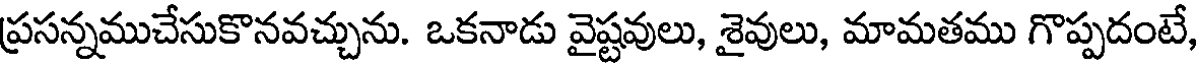
ప్రసన్నముచేసుకొనవచ్చును. ఒకనాడు వైష్టవులు, శైవులు, మామతము గొప్పదంటే,